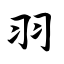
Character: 羽